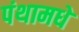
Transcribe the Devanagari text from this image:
पंथामधे